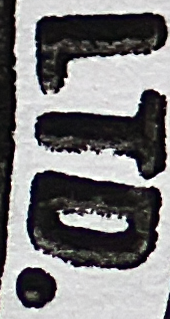
LTD.